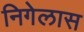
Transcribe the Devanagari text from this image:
निगेलास